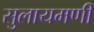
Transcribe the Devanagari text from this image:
सुलायमणी